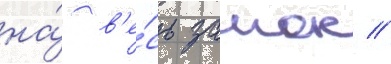
на́ в'е́сь замок //